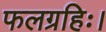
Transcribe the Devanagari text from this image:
फलग्रहिः।